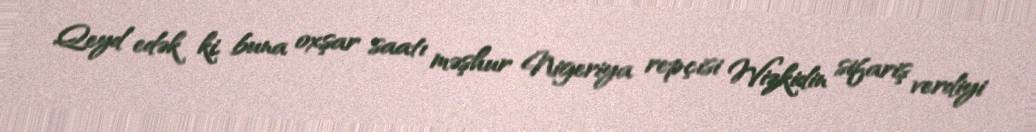
Qeyd edək ki, buna oxşar saatı məşhur Nigeriya repçisi Wizkidin sifariş verdiyi